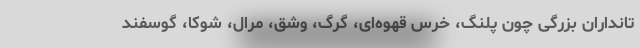
تانداران بزرگی چون پلنگ، خرس قهوه‌ای، گرگ، وشق، مرال، شوکا، گوسفند